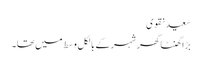
سعید نقوی
بڑا گھنٹا گھر شہر کے بالکل وسط میں تھا۔